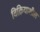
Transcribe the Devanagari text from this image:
विक्रियाशील